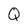
Character: Q